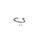
Letter: _ya